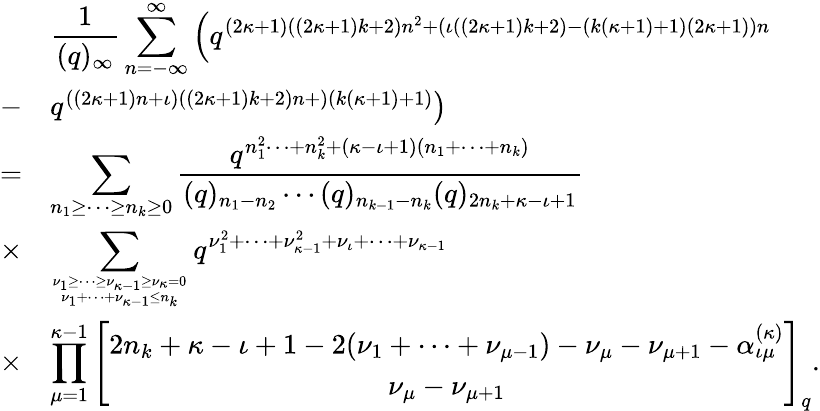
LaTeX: \begin{array}{cl}{{}}&{{\displaystyle\frac{1}{(q)_{\infty}}\sum_{n=-\infty}^{\infty}\left(q^{(2\kappa+1)((2\kappa+1)k+2)n^{2}+(\iota((2\kappa+1)k+2)-(k(\kappa+1)+1)(2\kappa+1))n}\right.}}\\ {{-}}&{{\left.q^{((2\kappa+1)n+\iota)((2\kappa+1)k+2)n+)(k(\kappa+1)+1)}\right)}}\\ {{=}}&{{\displaystyle\sum_{n_{1}\geq\cdots\geq n_{k}\geq 0}\frac{q^{n_{1}^{2}\cdots+n_{k}^{2}+(\kappa-\iota+1)(n_{1}+\cdots+n_{k})}}{(q)_{n_{1}-n_{2}}\cdots(q)_{n_{k-1}-n_{k}}(q)_{2n_{k}+\kappa-\iota+1}}}}\\ {{\times}}&{{\displaystyle\sum_{\nu_{1}\geq\cdots\geq\nu_{\kappa-1}\geq\nu_{\kappa}=0\atop\nu_{1}+\cdots+\nu_{\kappa-1}\leq n_{k}}q^{\nu_{1}^{2}+\cdots+\nu_{\kappa-1}^{2}+\nu_{\iota}+\cdots+\nu_{\kappa-1}}}}\\ {{\times}}&{{\displaystyle\prod_{\mu=1}^{\kappa-1}\left[\begin{array}{c}{{2n_{k}+\kappa-\iota+1-2(\nu_{1}+\cdots+\nu_{\mu-1})-\nu_{\mu}-\nu_{\mu+1}-\alpha_{\iota\mu}^{(\kappa)}}}\\ {{\nu_{\mu}-\nu_{\mu+1}}}\end{array}\right]_{q}.}}\end{array}